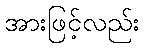
အားဖြင့်လည်း